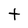
Character: t